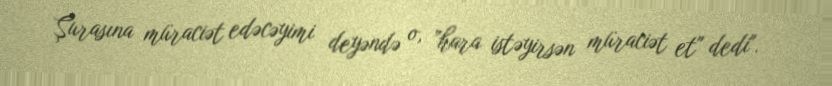
Şurasına müraciət edəcəyimi deyəndə o, ”hara istəyirsən müraciət et" dedi".